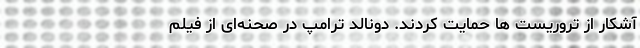
آشکار از تروریست ها حمایت کردند. دونالد ترامپ در صحنه‌ای از فیلم